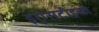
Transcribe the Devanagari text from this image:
इएसटीइसी